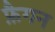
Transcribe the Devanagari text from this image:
फ़ैगन